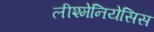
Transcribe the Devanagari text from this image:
लीश्मेनियेसिस